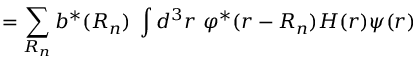
= \sum _ { \boldsymbol { R _ { n } } } b ^ { * } ( { \boldsymbol { R _ { n } } } ) \ \int d ^ { 3 } r \ \varphi ^ { * } ( { \boldsymbol { r - R _ { n } } } ) H ( { \boldsymbol { r } } ) \psi ( { \boldsymbol { r } } )